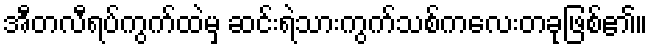
အီတလီရပ်ကွက်ထဲမှ ဆင်းရဲသားကွက်သစ်ကလေးတခုဖြစ်၏။